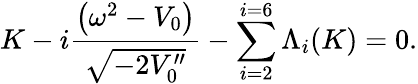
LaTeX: K-i\frac{\left(\omega^{2}-V_{0}\right)}{\sqrt{-2V_{0}^{\prime\prime}}}-\sum_{i=2}^{i=6}\Lambda_{i}(K)=0.